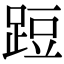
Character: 𨁋